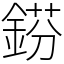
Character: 𨧼